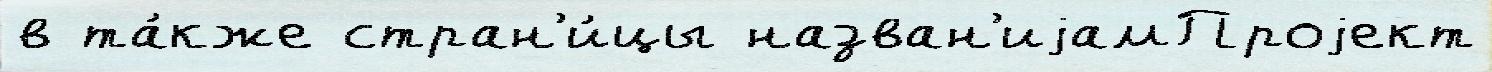
в та́кже стран'и́цы назван'иjамПроjект